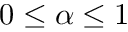
0 \le \alpha \le 1